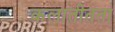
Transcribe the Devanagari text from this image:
कलातीतता